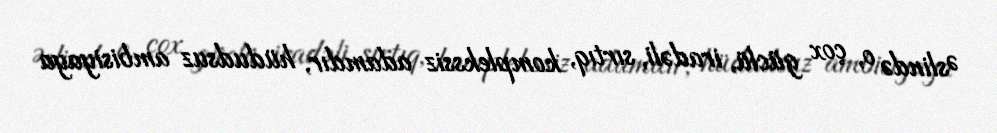
Əslində o, çox güclü, iradəli, sırtıq, komplekssiz adamdır, hüdudsuz ambisiyaya